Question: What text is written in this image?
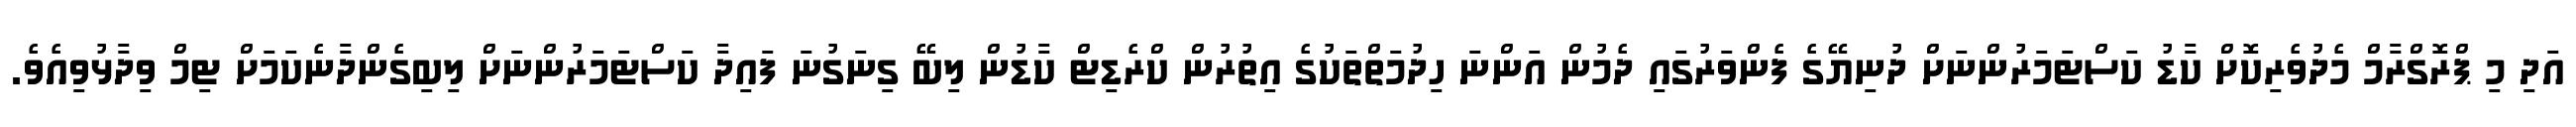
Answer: އަދި މި ޕްރޮގްރާމް މެދުވެރިކޮށް ކާޑު ކަސްޓަމަރުންނަށް ދުނިޔޭގެ ފެންވަރުގައި ދެމުން އަންނަ ހިދުމަތްތަކުގެ އިތުރުން ކްރެޑިޓް ކާޑުން ލިބޭ ގިނަގުނަ ފައިދާ ކަސްޓަމަރުންނަށް ލިބިގެންދާނެކަމަށް ޓިމް ވިދާޅުވިއެވެ.